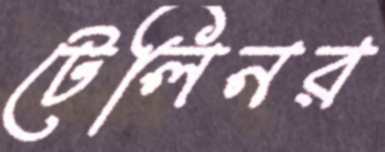
টেলিনর